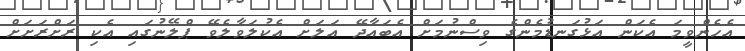
އެހެންވީމަ އެކަން އަޅުގަނޑުމެންގެ ވިސްނުމަށް އެބައާދޭ އަލަށް އެކުލަވާލެވޭ ޕްލޭނުގައި އެކި ރަށްރަށަށް